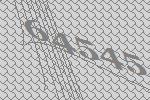
64545